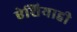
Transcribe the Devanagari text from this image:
ऐशियाही